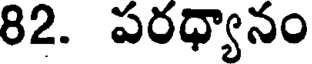
82. పరధ్యానం